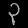
Digit: ၃